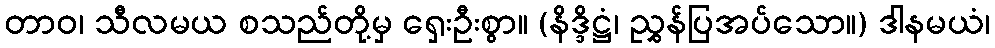
တာဝ၊ သီလမယ စသည်တို့မှ ရှေးဦးစွာ။ (နိဒ္ဒိဋ္ဌံ၊ ညွှန်ပြအပ်သော။) ဒါနမယံ၊